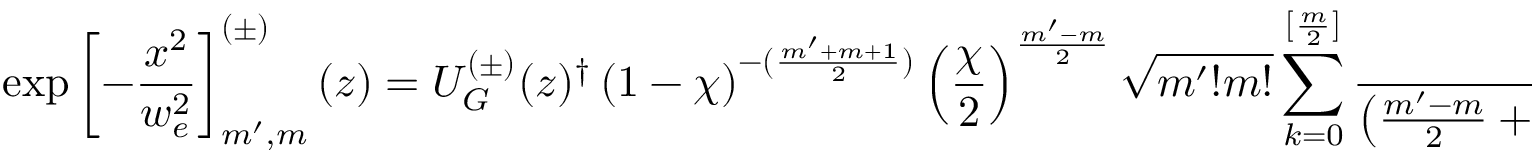
\exp \left[ - \frac { x ^ { 2 } } { w _ { e } ^ { 2 } } \right] _ { m ^ { \prime } , m } ^ { ( \pm ) } ( z ) = U _ { G } ^ { ( \pm ) } ( z ) ^ { \dag } \left( 1 - \chi \right) ^ { - ( \frac { m ^ { \prime } + m + 1 } { 2 } ) } \left( \frac { \chi } { 2 } \right) ^ { \frac { m ^ { \prime } - m } { 2 } } \sqrt { m ^ { \prime } ! m ! } \sum _ { k = 0 } ^ { [ \frac { m } { 2 } ] } \frac { \left( \frac { \chi ^ { 2 } } { 4 } \right) ^ { k } } { \left( \frac { m ^ { \prime } - m } { 2 } + k \right) ! k ! \left( m - 2 k \right) ! } U _ { G } ^ { ( \pm ) } ( z ) ,